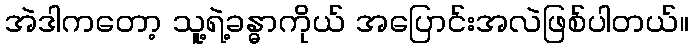
အဲဒါကတော့ သူ့ရဲ့ခန္ဓာကိုယ် အပြောင်းအလဲဖြစ်ပါတယ်။